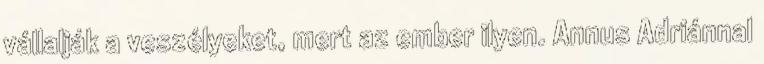
vállalják a veszélyeket, mert az ember ilyen. Annus Adriánnal